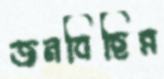
জনবিছিন্ন